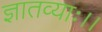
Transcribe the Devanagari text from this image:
ज्ञातव्याः।।